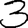
Digit: 3